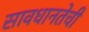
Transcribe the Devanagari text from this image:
सावधानतेची